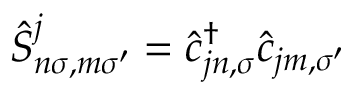
\hat { S } _ { n \sigma , m \sigma ^ { \prime } } ^ { j } = \hat { c } _ { j n , \sigma } ^ { \dag } \hat { c } _ { j m , \sigma ^ { \prime } }